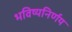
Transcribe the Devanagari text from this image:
भविष्यनिर्णय